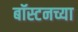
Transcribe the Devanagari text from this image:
बॉस्टनच्या